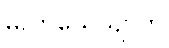
မိလာယေယျာတိ